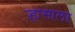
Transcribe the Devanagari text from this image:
ऱ्हासाला